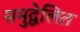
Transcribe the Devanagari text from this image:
समुद्वेलित